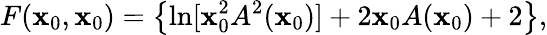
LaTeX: F(\mathbf{x}_{0},\mathbf{x}_{0})=\left\{ \ln[\mathbf{x}_{0}^{2}A^{2}(\mathbf{x}_{0})]+2\mathbf{x}_{0}A(\mathbf{x}_{0})+2\right\} ,